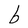
Character: b